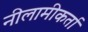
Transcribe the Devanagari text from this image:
नीलामीकर्ता